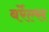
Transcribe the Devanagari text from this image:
बर्रेल्स